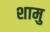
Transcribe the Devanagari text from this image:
शामु